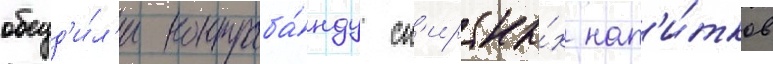
обсуд'и́л'и контраба́нду сп'иртны́х нап'и́тков